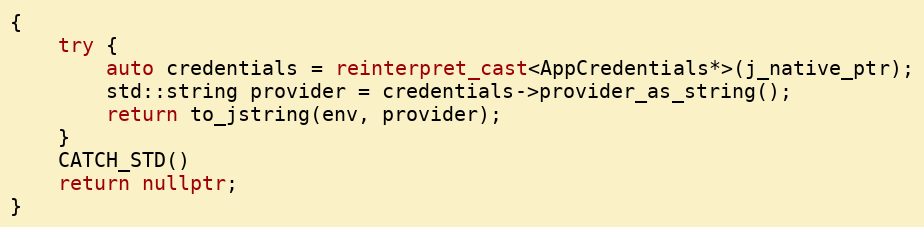
Language: C++
{
    try {
        auto credentials = reinterpret_cast<AppCredentials*>(j_native_ptr);
        std::string provider = credentials->provider_as_string();
        return to_jstring(env, provider);
    }
    CATCH_STD()
    return nullptr;
}